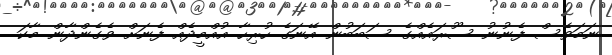
ނަމަވެސް ފެނުނު ސޫރައެއްގެ ސަބަބުން އޭނަގެ ހުރިހާ އުއްމީދެއް ފެނަށް ވެގެންދާން މާކަ